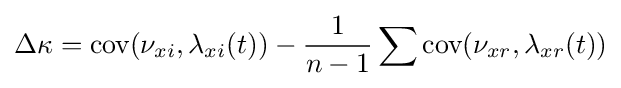
\Delta \kappa ={\mbox{cov}}(\nu _{xi},\lambda _{xi}(t))-{\frac {1}{n-1}}\sum {\mbox{cov}}(\nu _{xr},\lambda _{xr}(t))